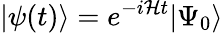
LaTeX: |\psi(t)\rangle=e^{-i\mathcal{H}t}|\Psi_{0}\rangle